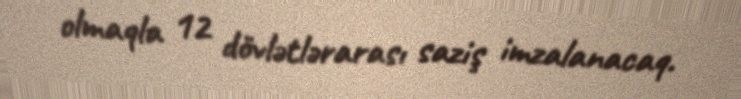
olmaqla 12 dövlətlərarası saziş imzalanacaq.